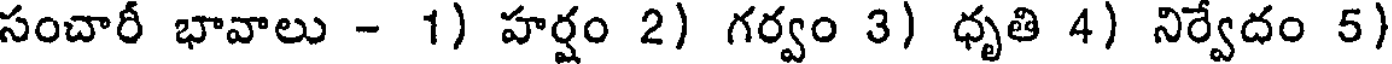
సంచారీ భావాలు - 1) హర్షం 2) గర్వం 3) ధృతి 4) నిర్వేదం 5)